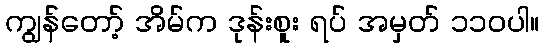
ကျွန်တော့် အိမ်က ဒုန်းစူး ရပ် အမှတ် ၁၁၀ပါ။